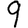
Digit: 9